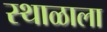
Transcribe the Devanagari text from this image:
स्थाळाला